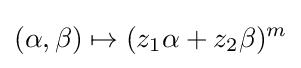
(\alpha ,\beta )\mapsto (z_{1}\alpha +z_{2}\beta )^{m}